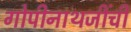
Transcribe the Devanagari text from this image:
गोपीनाथजींची